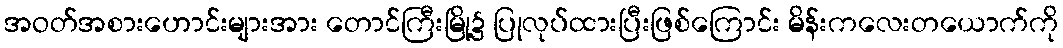
အဝတ်အစားဟောင်းများအား တောင်ကြီးမြို့၌ ပြုလုပ်ထားပြီးဖြစ်ကြောင်း မိန်းကလေးတယောက်ကို